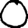
Digit: 0